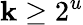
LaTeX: \mathbf{k}\geq2^{u}